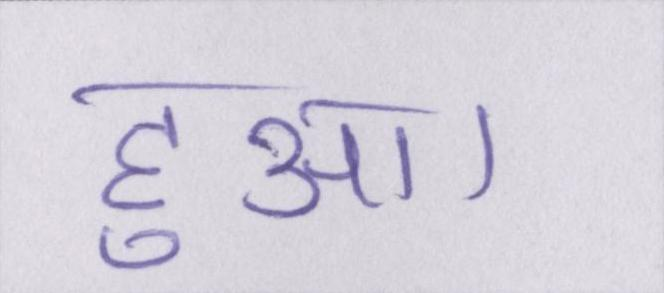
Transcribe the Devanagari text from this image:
हुआ।